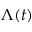
\Lambda ( t )